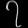
Digit: ၇